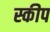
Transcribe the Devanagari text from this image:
स्कीप